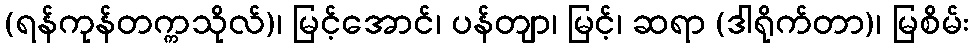
(ရန်ကုန်တက္ကသိုလ်)၊ မြင့်အောင်၊ ပန်တျာ၊ မြင့်၊ ဆရာ (ဒါရိုက်တာ)၊ မြစိမ်း